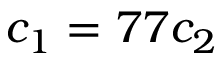
c _ { 1 } = 7 7 c _ { 2 }